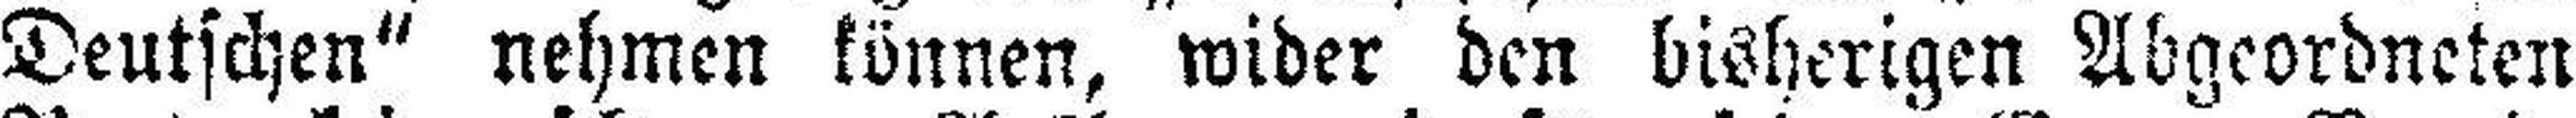
Deutschen“ nehmen können, wider den bisherigen Abgeordneten